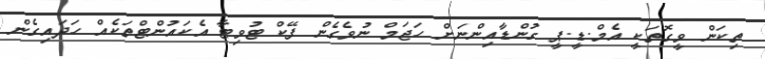
ތިކަން ވީގޮތަކީ އެމް.ޑީ.ޕީ ގުންޑާއިންނަށް ހަޖަމް ނުވެގެން ފޭކް ޓުވިޓާ އެކައުންޓްތަކެއް ހަދައިގެން